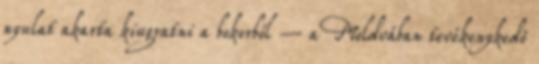
nyulat akarta kiugratni a bokorból – a Moldvában tevékenykedő